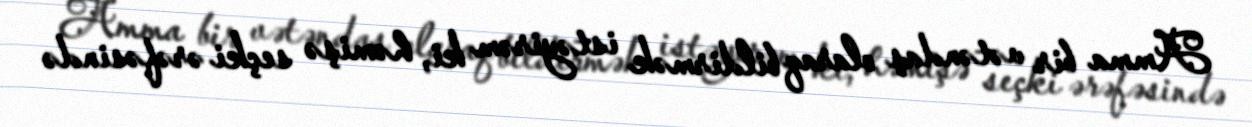
Amma bir vətəndaş olaraq bildirmək istəyirəm ki, həmişə seçki ərəfəsində